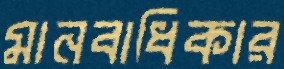
মানবাধিকার